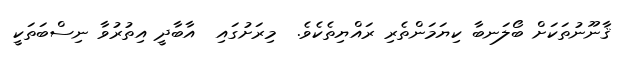
ޤާނޫނުތަކަށް ބޯލަނބާ ކިޔަމަންތެރި ރައްޔިތެކެވެ.  މިރަށުގައި  އާބާދީ އިތުރުވާ ނިސްބަތަކީ